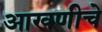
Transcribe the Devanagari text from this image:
आखणीचे